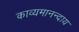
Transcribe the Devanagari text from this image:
काव्यमानन्दाय